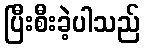
ပြီးစီးခဲ့ပါသည်